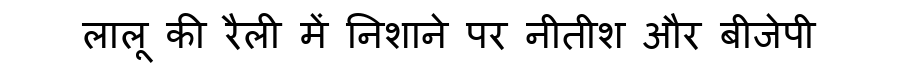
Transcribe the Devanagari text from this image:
लालू की रैली में निशाने पर नीतीश और बीजेपी